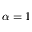
\alpha = 1